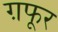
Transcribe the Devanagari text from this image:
ग़फूर